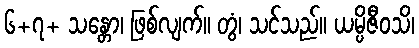
၆+၇+ သန္တော၊ ဖြစ်လျက်။ တွံ၊ သင်သည်။ ယမ္ပိဇီဝသိ၊